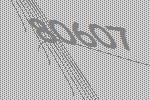
80607